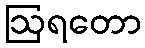
ဩရတော